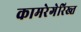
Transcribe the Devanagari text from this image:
कामरेगेरिख्त